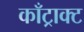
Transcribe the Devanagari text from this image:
काँट्राक्ट